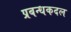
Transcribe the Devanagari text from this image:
प्रबन्धकदल